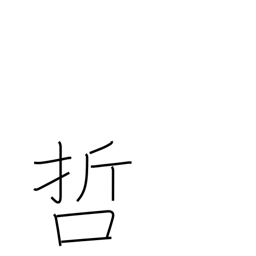
Meaning: philosophy